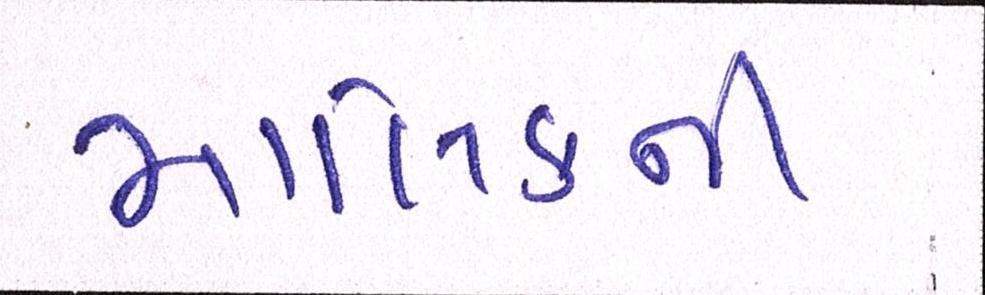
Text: માલિકની